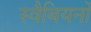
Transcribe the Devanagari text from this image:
स्वैबियनों